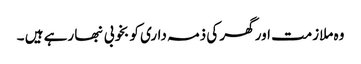
وہ ملازمت اور گھر کی ذمہ داری کو بخوبی نبھا رہے ہیں ۔